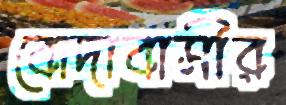
বোদাবাসীর